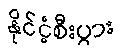
နိုင်ငံ့စီးပွား